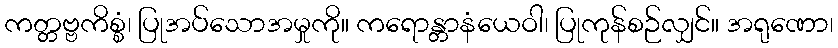
ကတ္တဗ္ဗကိစ္စံ၊ ပြုအပ်သောအမှုကို။ ကရောန္တာနံယေဝါ၊ ပြုကုန်စဉ်လျှင်။ အရုဏော၊